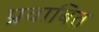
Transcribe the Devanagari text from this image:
प्रवाबित